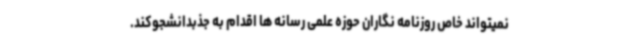
نمیتواند خاص روزنامه نگاران حوزه علمی رسانه ها اقدام به جذبدانشجوکند.